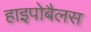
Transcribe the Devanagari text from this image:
हाइपोबैलस